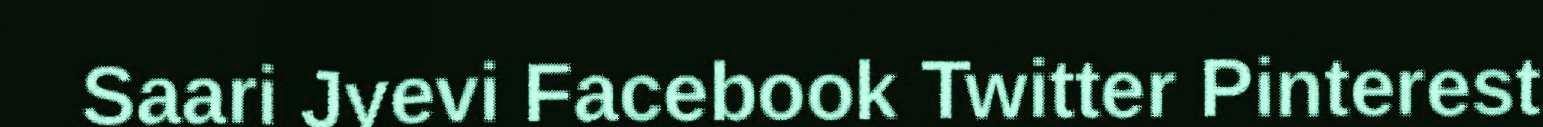
Saari Jyevi Facebook Twitter Pinterest